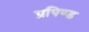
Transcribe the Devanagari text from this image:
प्रपिण्ड